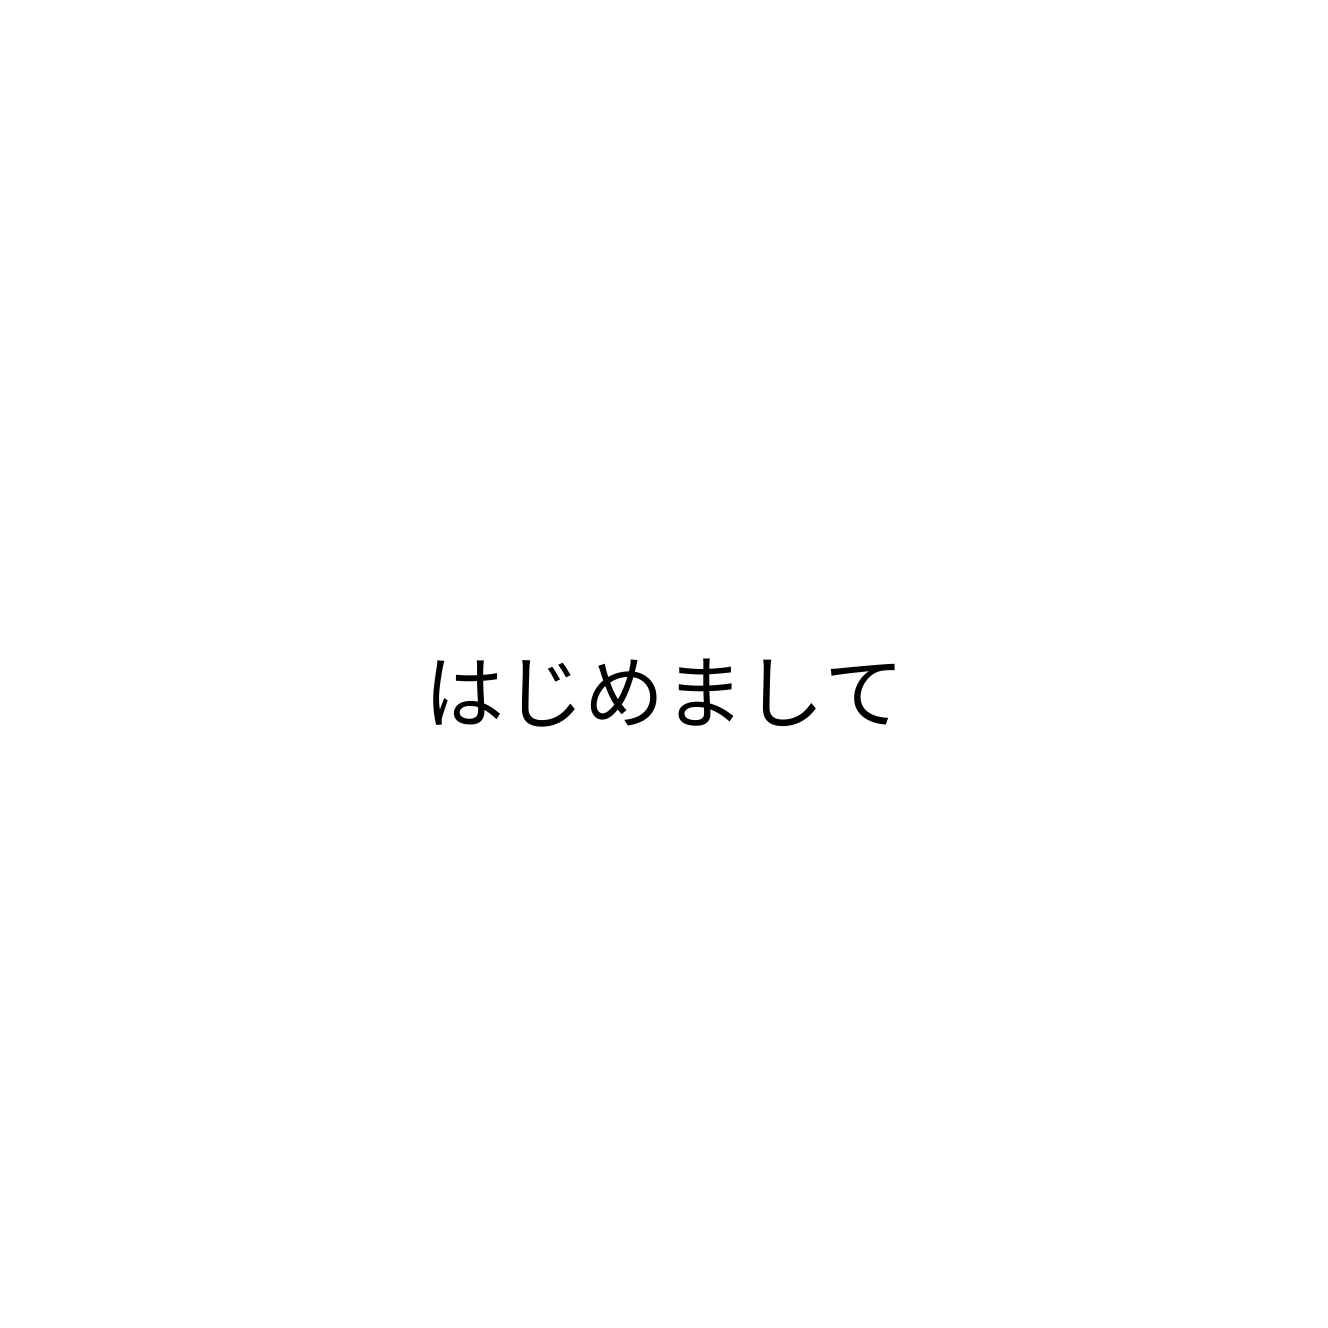
はじめまして